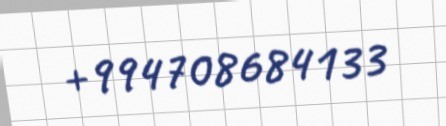
+994708684133